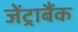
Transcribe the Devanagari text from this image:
जेंट्राबैंक